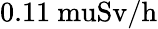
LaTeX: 0.11\mathrm{{\ mu}Sv/h}